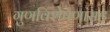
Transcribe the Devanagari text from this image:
गुणविशेषणांसह